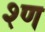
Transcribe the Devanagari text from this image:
श्ण